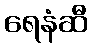
ရေနံဆီ